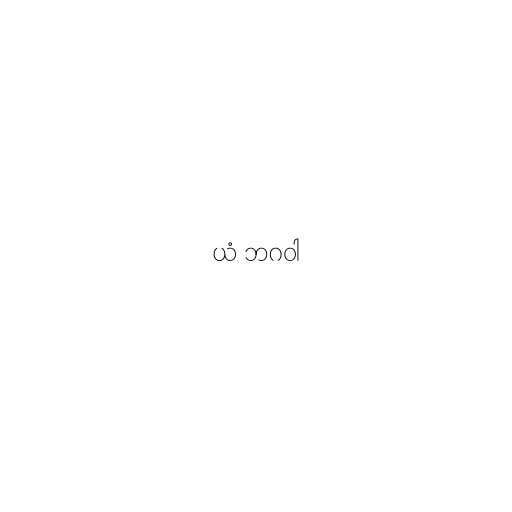
ယံ ဘဂဝါ